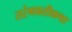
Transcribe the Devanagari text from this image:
तरंगवतीकथा